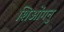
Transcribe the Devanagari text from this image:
शिओंगनु